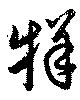
牂